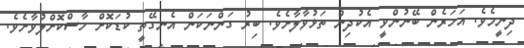
ދިނީމެވެ. އަހަރެން ބޭނުންވީ އެކުދިން ތަޅުވާލާށެވެ. ބިރު ގަންނަކަން އެނގޭތީ ކުޑަކޮށް ހާސްކޮށްލުވާށެވެ.